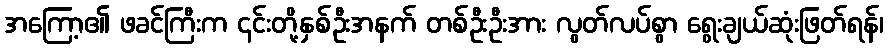
အကြော့၏ ဖခင်ကြီးက ၎င်းတို့နှစ်ဦးအနက် တစ်ဦးဦးအား လွတ်လပ်စွာ ရွေးချယ်ဆုံးဖြတ်ရန်၊